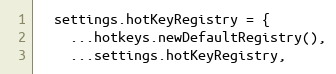
Language: JavaScript
  settings.hotKeyRegistry = {
    ...hotkeys.newDefaultRegistry(),
    ...settings.hotKeyRegistry,